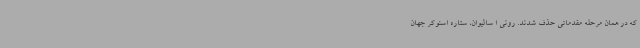
که در همان مرحله مقدماتی حذف شدند. رونی ا سالیوان، ستاره اسنوکر جهان